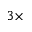
3 \times